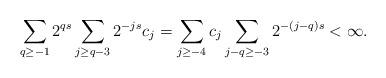
LaTeX: \begin{align*}\sum_{q \ge -1}2^{qs}\sum_{j \ge q-3} 2^{-js}c_j= \sum_{j \ge -4} c_j \sum_{j-q \ge -3}2^{-(j-q)s} <\infty.\end{align*}